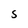
Character: S